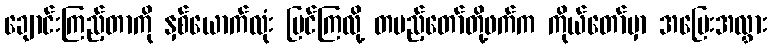
ချောင်းကြည့်တာကို နှစ်ယောက်လုံး မြင်ကြလို့ တပည့်တော်တို့ဖက်က ကိုယ်တော်မှာ အပြေးအလွှား